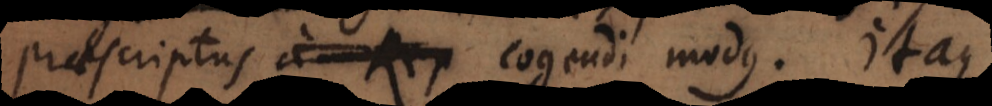
praescriptus a Rep cogendi modus. Itaque